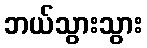
ဘယ်သွားသွား